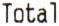
TOTAL